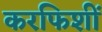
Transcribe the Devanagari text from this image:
करफिशीं